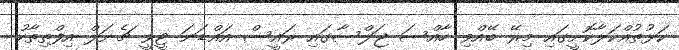
ކަޅުތުއްކަލާކޮށީގައި މިރޭ ބޭއްވި ހާއްސަ ޖަލްސާގައި ރައީސް އައްޑަނަ ޓީވީ ޗެނަލް އިފްތިތާހު